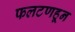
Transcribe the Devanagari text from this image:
फलटणहून